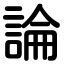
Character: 論